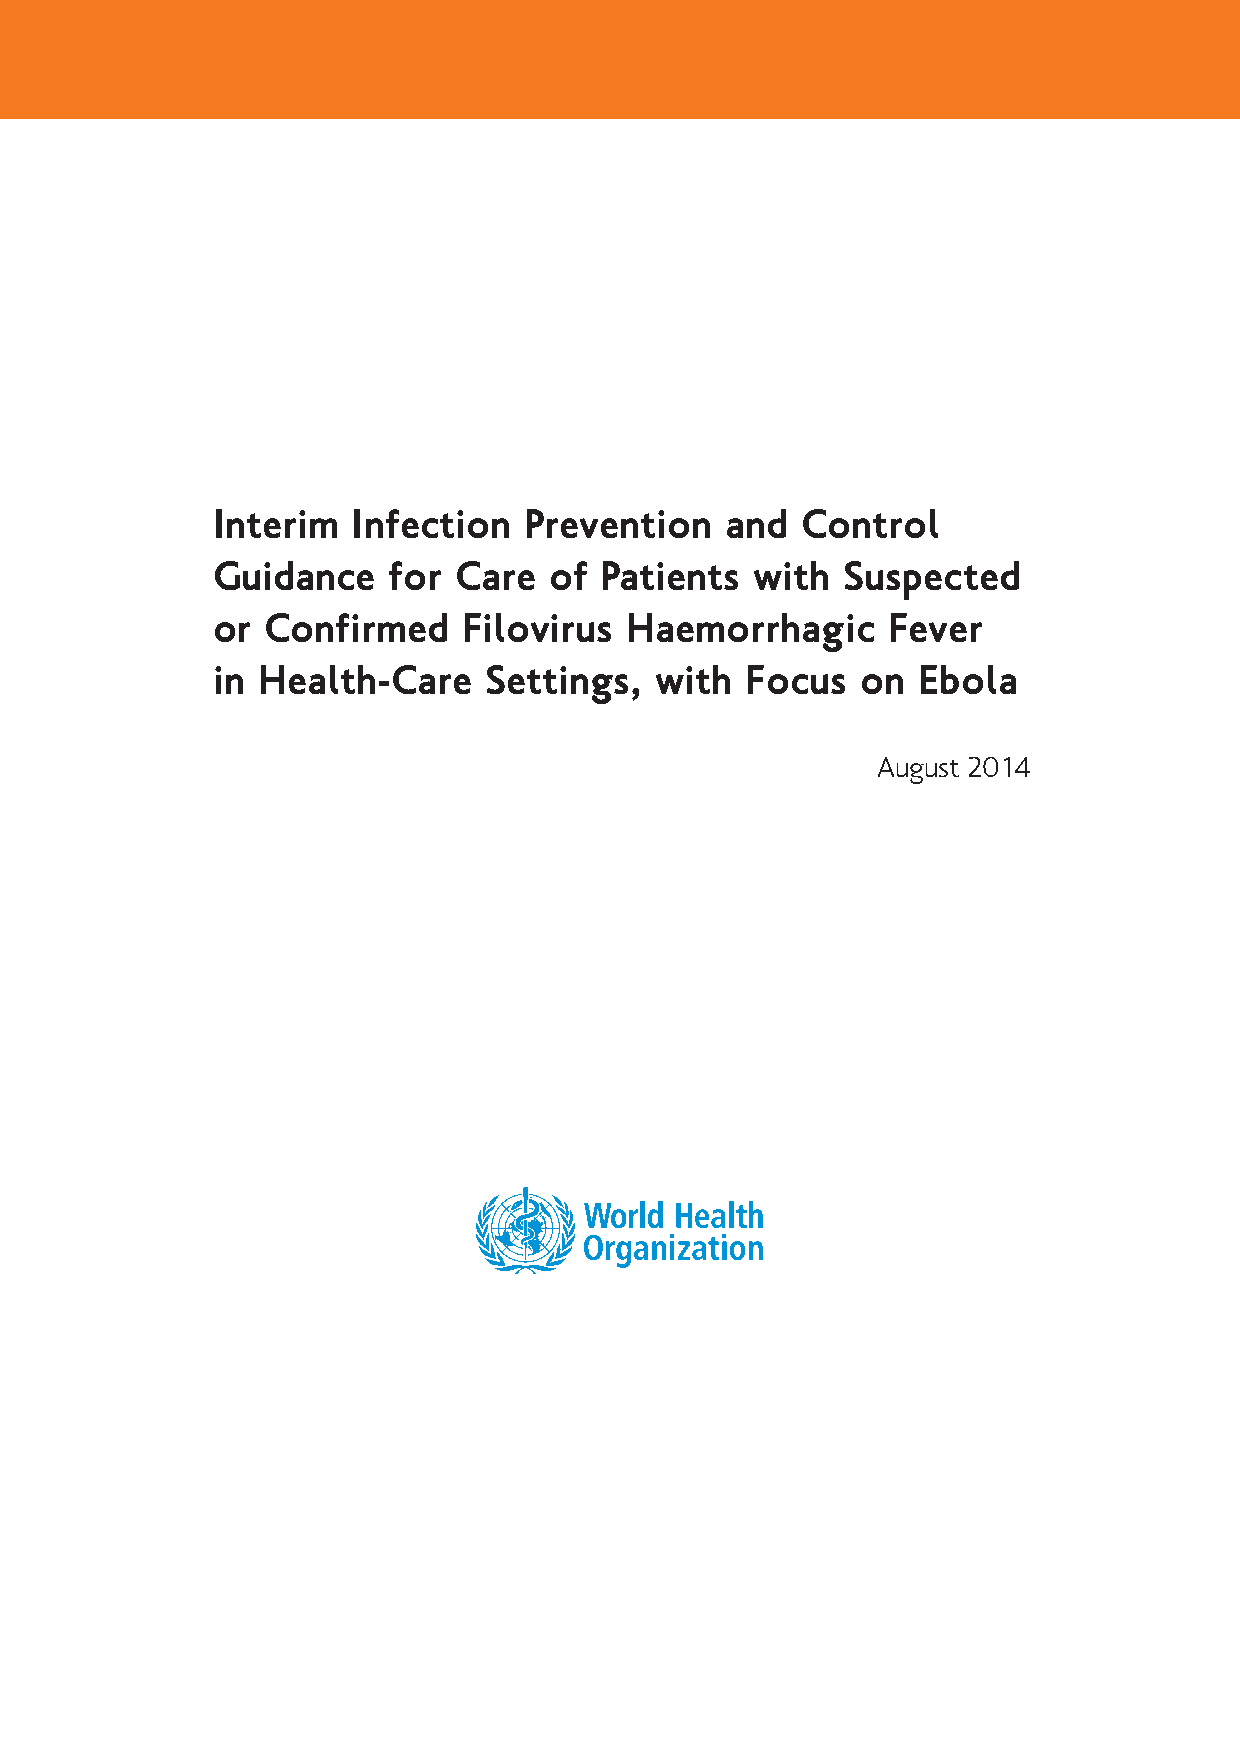
Interim  Infection   Prevention   and  Control
 Guidance    for Care  of  Patients  with  Suspected
 or  Confirmed    Filovirus Haemorrhagic      Fever
 in Health-Care    Settings,  with  Focus   on  Ebola
 August 2014